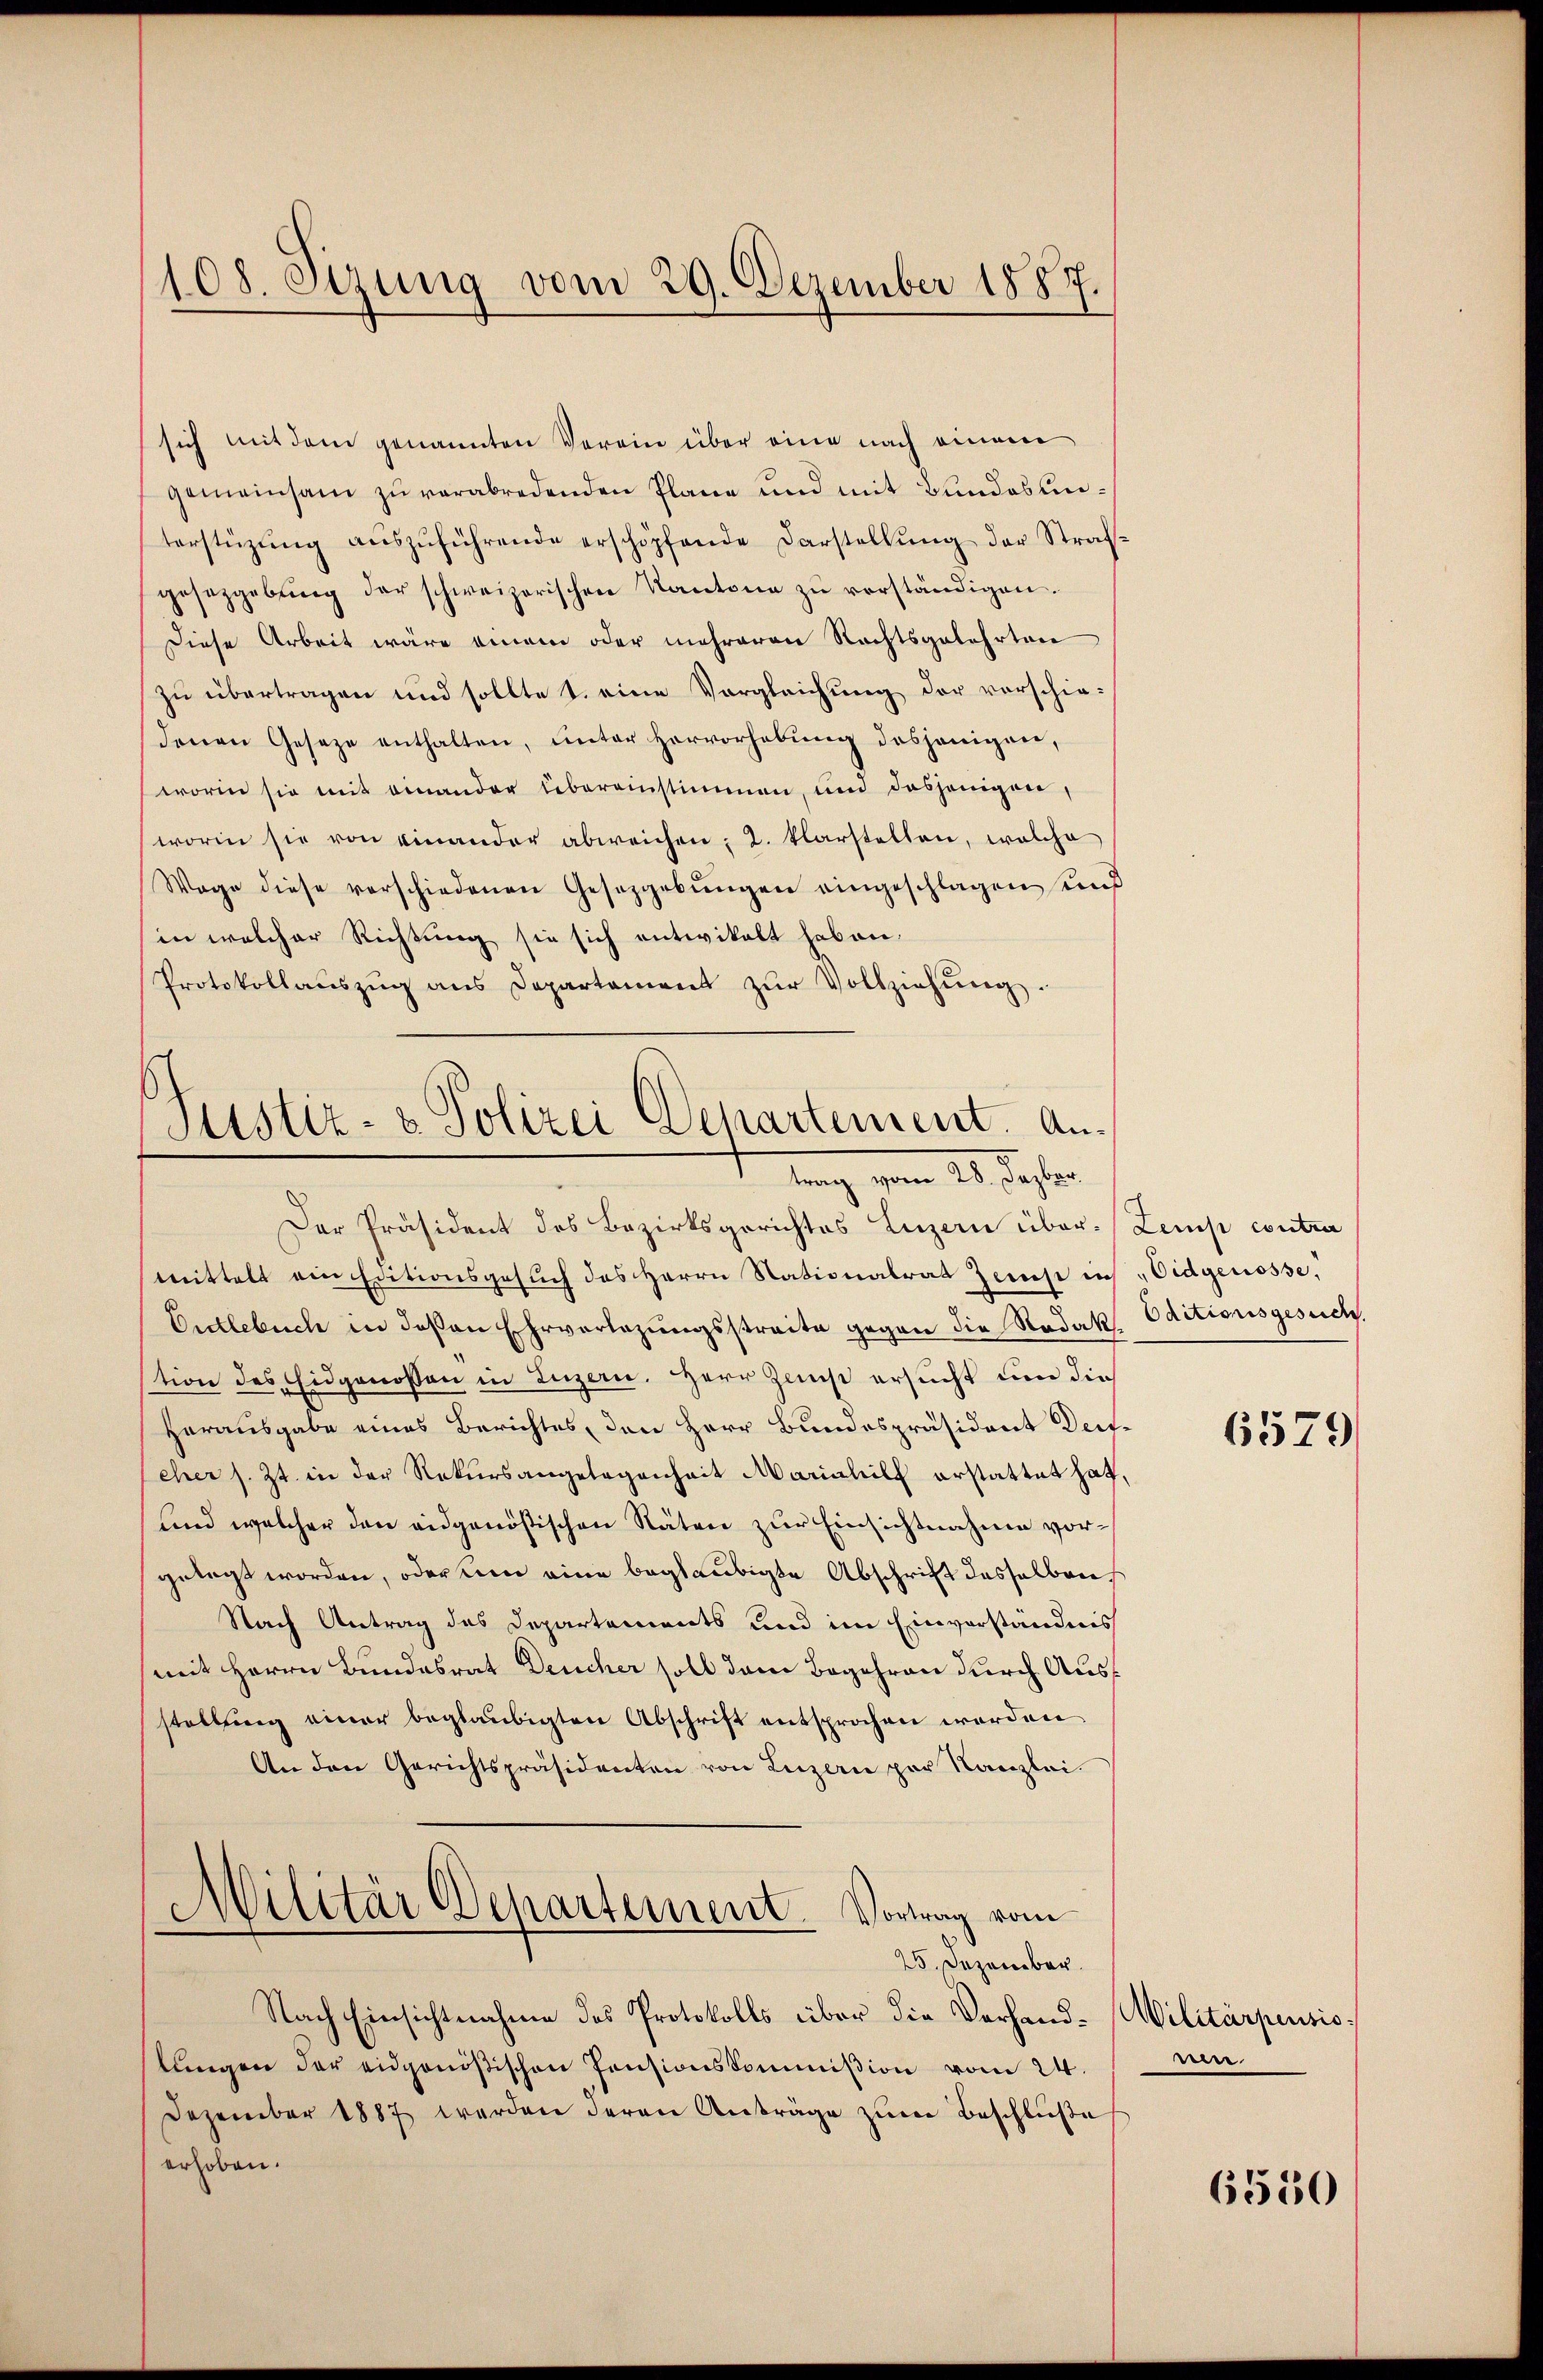
sich mit dem genannten Verein über eine nach einem
gemeinsam zŭ verabredenden Plane und mit Bŭndesunterstüzŭng aŭszŭführende erschöpfende Darstellŭng der Straf-
gesetzgebŭng der schweizerischen Kantone zŭ verständigen.
Diese Arbeit wäre einem oder mehreren Rechtsgelehrten
zu übertragen und sollte 1. eine Vergleichung der vorschiedenen Geseze enthalten, unter Hervorhebung desjenigen,
worin sie mit einander übereinstimmen, und dasjenigen,
worin sie von einander abweichen; 2. klarstellen, welche
Wage diese verschiedenen Gesetzgebŭngen eingeschlagen und
in welcher Richtung sie sich entwikalt haben.
Protokollaŭszŭg ans Departament zŭr Vollziehŭng.

108. Sizung vom 29. Dezember 1887.

Justiz- & Polizei Departement. Anlung vom 28. Jahre

Der Präsident des Bezirksgerichtes Luzern über-Zemp contra
mittelt ein Editionsgesuch des Herrn Stationalrat Jerust in Eidgenosse,
Entlebuch in deßen Ehrverlegŭngsstreite gegen die Radak. Oditionsgesuch.
stion des Eidgenossen in Luzern. Herr Zinnst ersucht um die
Herausgabe eines Berichtes, den Herr Bundespräsident Deifeher s. Zt. in der Rekursangelegenheit Mariahilf erstattet hat,
und welcher den eidgenößischen Räten zur Einsichtnahme vorgelegt worden, oder um eine beglaubigte Abschrift desselben
Nach Antrag des Departements und im Einverständnis
mit Herrn Bundesrat Deucher soll dem Begehren durch Ausstellung einer beglaubigten Abschrift entsprochen werden
An den Gerichtspräsidenten von Luzern par Kanzlei.
Militär Departement. Vortrag vom
25. Dezember.
Nach Einsichtnahme des Protokolls über die Verhand-Militärpensiolungen der eidgenößischen Pensionskommißion vom 24.
Dezember 1887 werden deren Anträge zŭm Beschluße
erhoben.

6579

e

6550